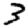
Digit: 3